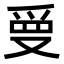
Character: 𭆲